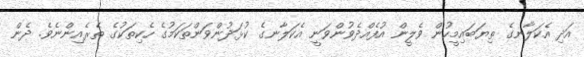
އަދި އެކަލާނގެ ތިޔަބައިމީހުން ވެލީން އުފެއްދެވުންވަނީ އެކަލާނގެ ކުޅަދުންވަންތަކަމުގެ ހެކިތަކުގެ ތެރެއިންނެވެ. ދެން